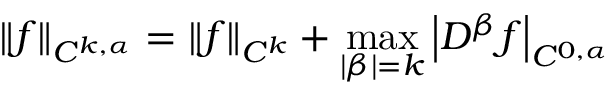
\| f \| _ { C ^ { k , \alpha } } = \| f \| _ { C ^ { k } } + \operatorname* { m a x } _ { | \beta | = k } \left| D ^ { \beta } f \right| _ { C ^ { 0 , \alpha } }